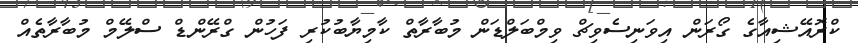
ކްރޮއޭޝިިއާގެ ގޯރަން އިވަނިސެވިޗް ވިމްބަލްޑަން މުބާރާތް ކާމިޔާބުކުރި ފަހުން ގްރޭންޑް ސްލޭމް މުބާރާތެއް